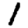
Digit: 1